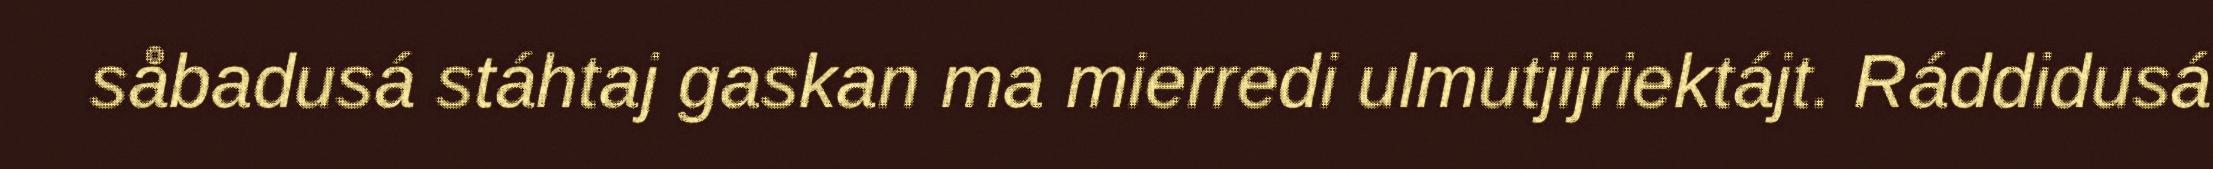
såbadusá stáhtaj gaskan ma mierredi ulmutjijriektájt. Ráddidusá